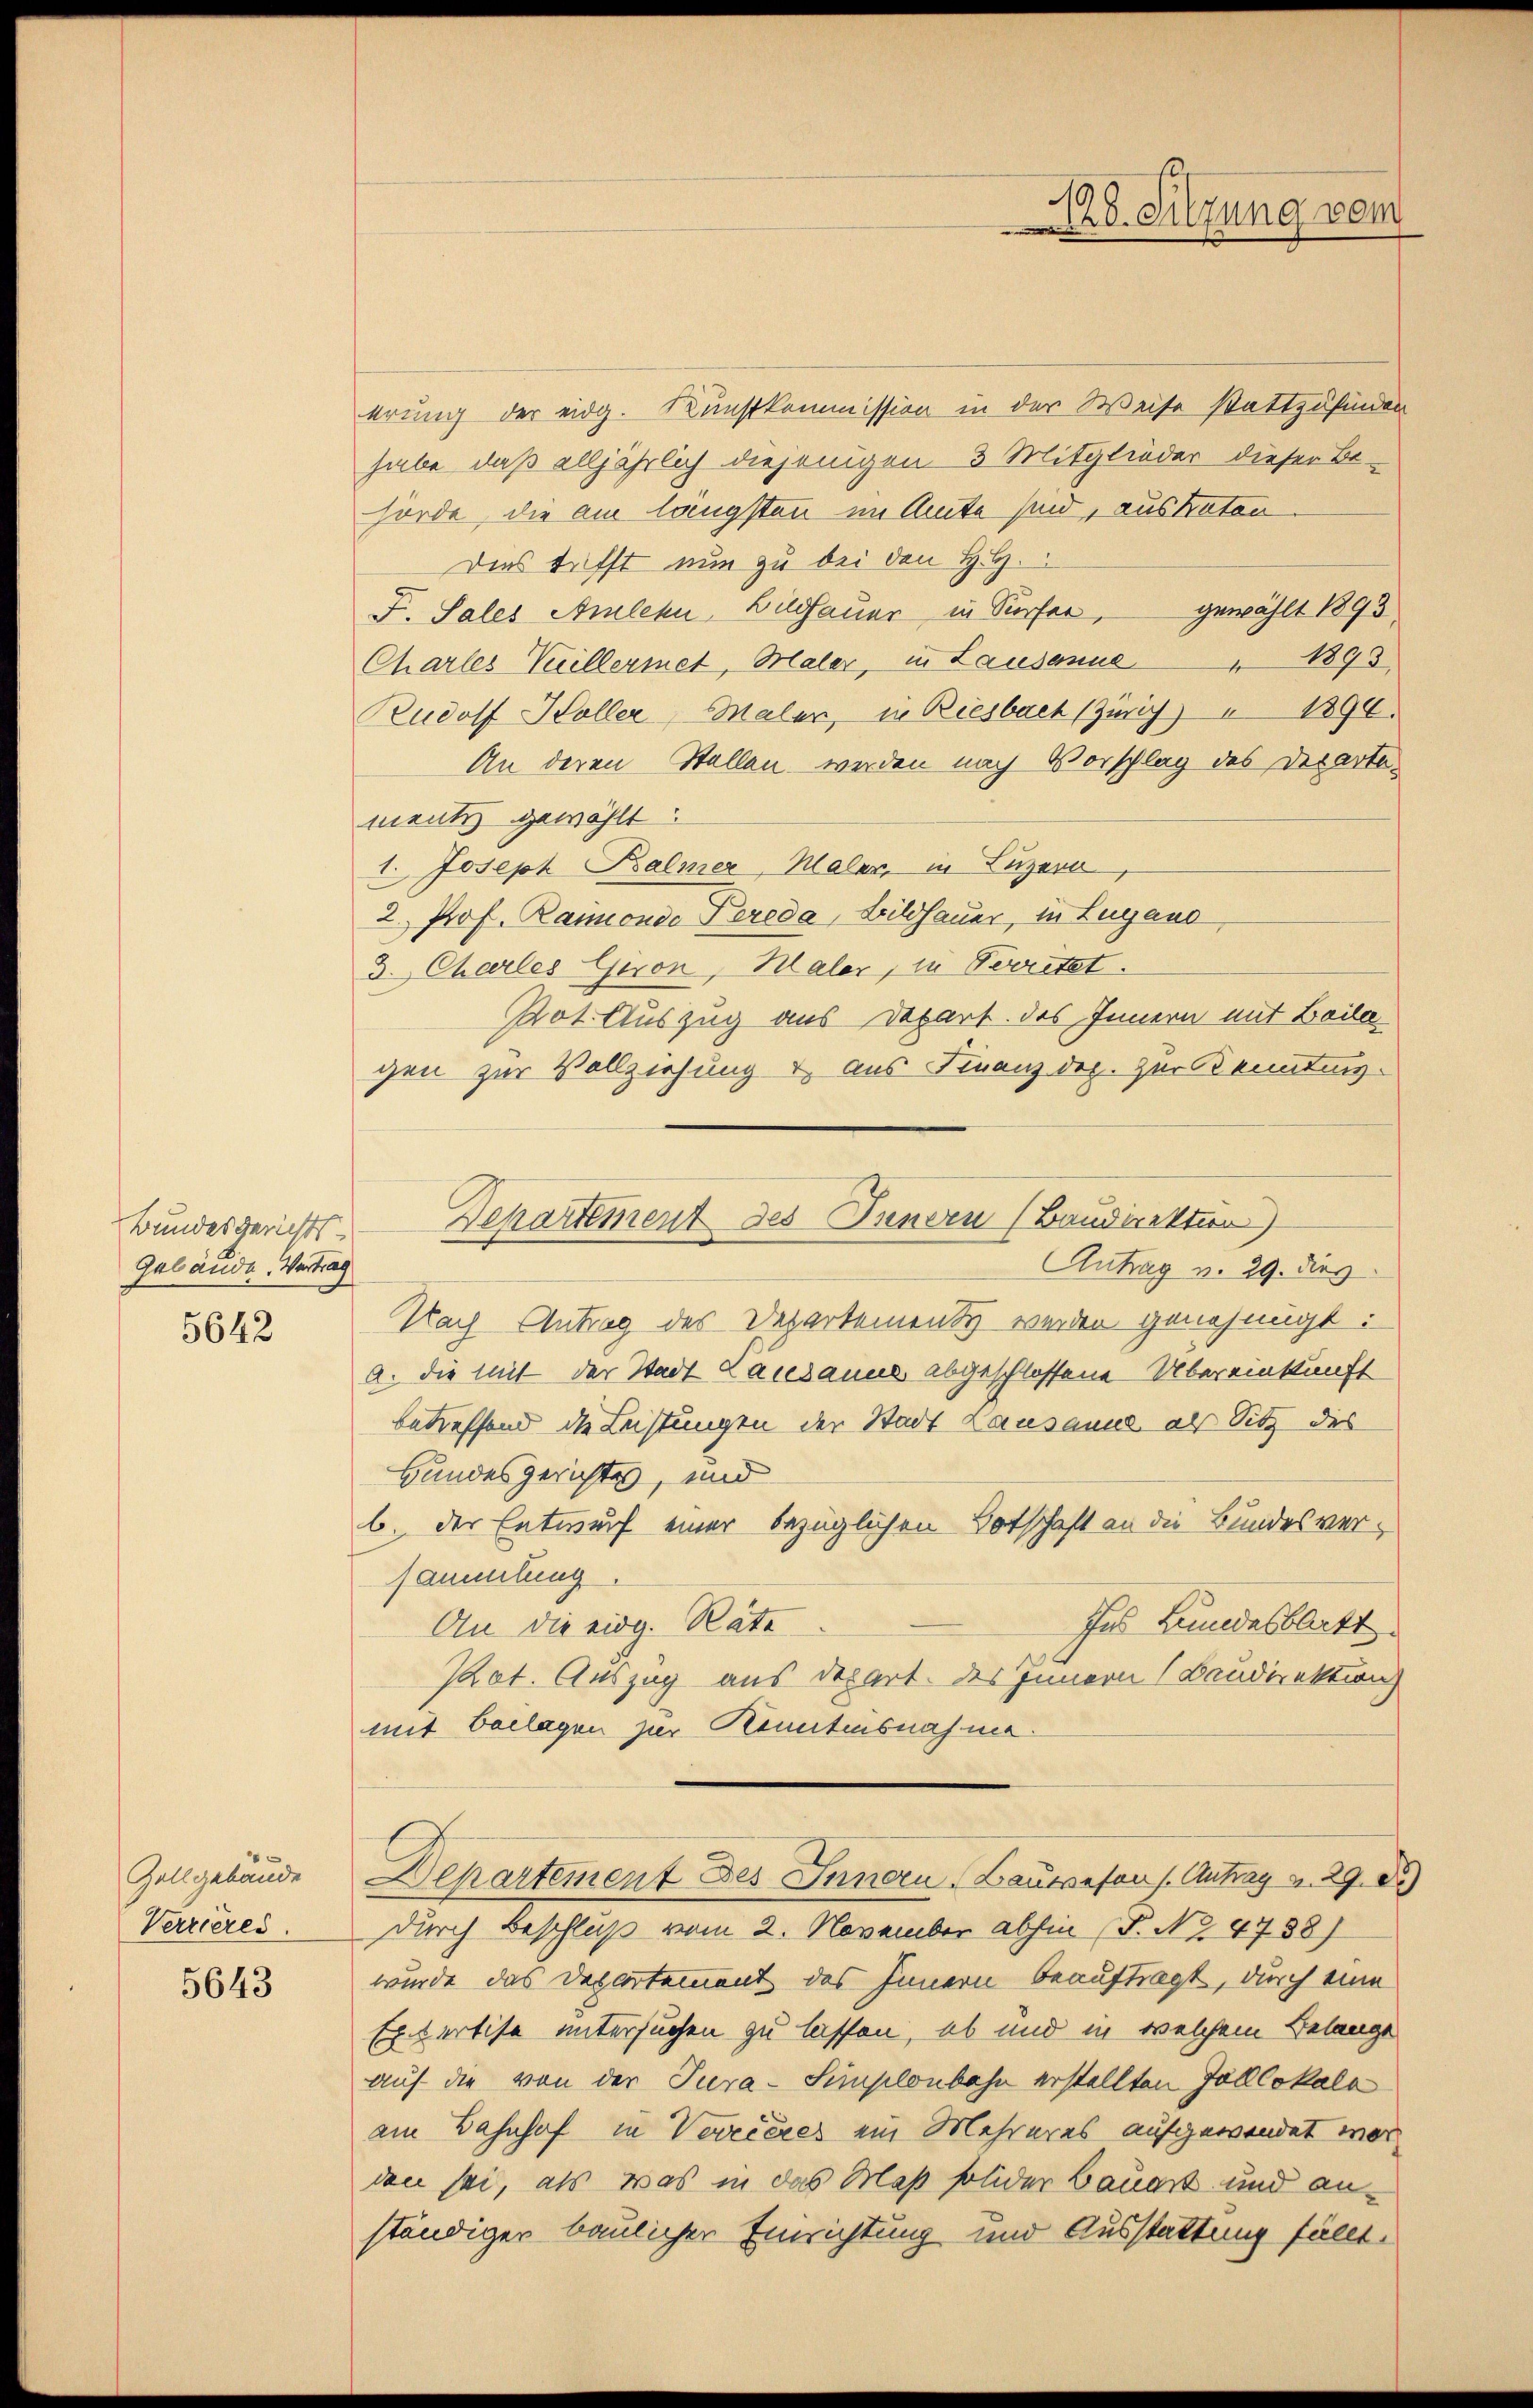
S. Tilgung vom

krung der eidg. Kunstkommission in der Weise stattzufinden
habe, daß alljährlich diejenigen 3 Mitglieder dieser Be-
hörde, die am längsten im Amte sind, auskaton
Dies trifft nun zu bei den H. H.
F. Sales Anlehn Bildhauer in Surser, gewählt 1893,
 1893
Charles Viellermet, Maler, in Lausanne
Rudolf Holler, Maler, in Riesbach (Zürich) 1890.
An deren Stellen werden nach Vorschlag des Departement gewählt:
1. Joseph Balmer, Maler, in Luzern,
2. Prof. Ramonde Pereda, Bildhauer, in Lugano
3. Charles Giron, Maler, in Verritet.
Pot. Auszug aus Depart. des Innern mit Beila
gen zur Vollziehung u. aus Finanzdep. zur Kenntnis¬
Nach Antrag des Departement werden genehmigt:
A. die mit der Stadt Lausanne abgeschlossene Übereinkunft
betreffend die Leistungen der Stadt Lausanne als Sitz des
Bundesgerichtes, und
b. der Entwurf einer bezüglichen Botschaft an die Bundesversammlung
ihes Bundesblatt
An die eidg. Räte
Pact. Auszug aus depart. des Innern (Baudirektion
mit Beilagen zur Kenntnisnahme¬
Dehartement des Innern, Bauwesens. Antrag v. 29. d.
durch Beschluß vom 2. November abhin (S. Nr. 4758)
wurde das Departement des Innern beauftragt, durch eine
Expertise untersuchen zu lassen, ob und in welchem Belange
auf die von der Tura-Simplonbahn erstellten Zolllokala
am Bahnhof in Vereieres ein Mehreres aufgewendet war
den sei, als was in das Maß solider Bauart und anständiger baulicher Einrichtung und Ausstattung fällt

Departement des Innern (Baudirektion)
Antrag v. 29. dies

Bundesgerichts-
Gebäude. Vertrag
5642

Zollgebäude
Verrieres.

5643